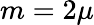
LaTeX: m=2\mu